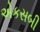
એકસબી